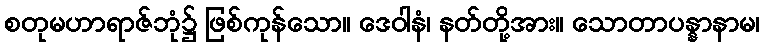
စတုမဟာရာဇ်ဘုံ၌ ဖြစ်ကုန်သော။ ဒေဝါနံ၊ နတ်တို့အား။ သောတာပန္နာနာမ၊